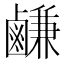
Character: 鹻